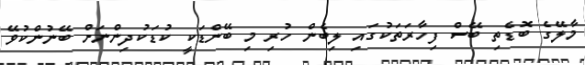
މާލޭގެ ބޮޑެތި ބޭސް ފިހާރަތަކުގައި ލިބެން ހުރި މި ބޭންޑަކީ ކުޑަކުދިންނަށް ބޭނުންކުވޭ